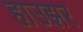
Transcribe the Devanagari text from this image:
हाउझर